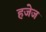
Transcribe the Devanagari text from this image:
हजेज